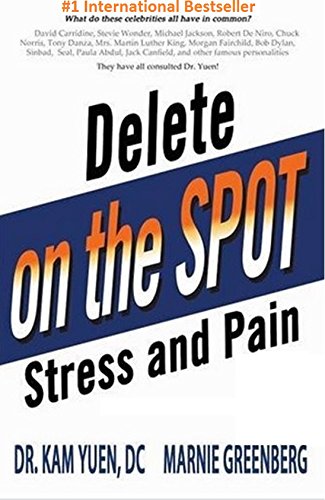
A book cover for Delete Stress and Pain On the Spot; Kam Yuen; Health, Fitness & Dieting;